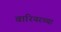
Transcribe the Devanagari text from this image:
वारियरच्या